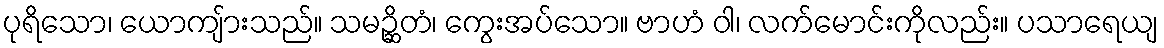
ပုရိသော၊ ယောကျ်ားသည်။ သမဉ္ဆိတံ၊ ကွေးအပ်သော။ ဗာဟံ ဝါ၊ လက်မောင်းကိုလည်း။ ပသာရေယျ